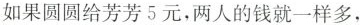
如果圆圆给芳芳5元，两人的钱就一样多，